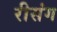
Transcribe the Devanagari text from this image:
रीसंग